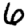
Digit: 6